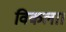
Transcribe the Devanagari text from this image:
विकला।